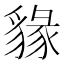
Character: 𧳩